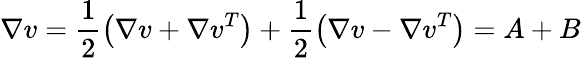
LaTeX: \nabla v=\frac{1}{2}\left({\nabla v+\nabla v^{T}}\right)+\frac{1}{2}\left({\nabla v-\nabla v^{T}}\right)=A+B